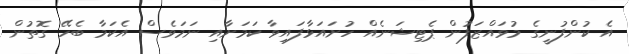
އެ ކުންފުނީގެ މުވައްޒަފުން ޕެޓިޝަނެއް ހުށައަޅާފައިވާ ކަމަށާއި ނަމަވެސް އެކަމާ ބެހޭ ގޮތުން